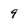
Character: 9